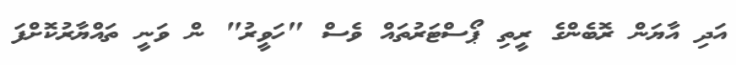
އަދި އާޔަން ރޮބެންގެ ރީތި ޕޯސްޓަރުތައް ވެސް "ހަވީރު" ން ވަނީ ތައްޔާރުކޮށްފަ